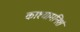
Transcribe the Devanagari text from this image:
काश्यामनिशं